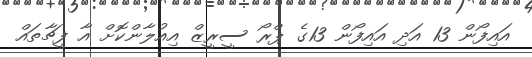
އައިފޯން 13 އަދި އައިފޯން 13ގެ ޕްރޯ ސީރީޒް އިއުލާންކޮށް އާ ފީޗާތައް